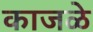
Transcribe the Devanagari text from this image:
काजळे